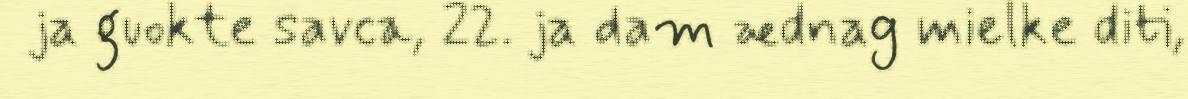
ja guokte savca, 22. ja dam ædnag mielke diti,